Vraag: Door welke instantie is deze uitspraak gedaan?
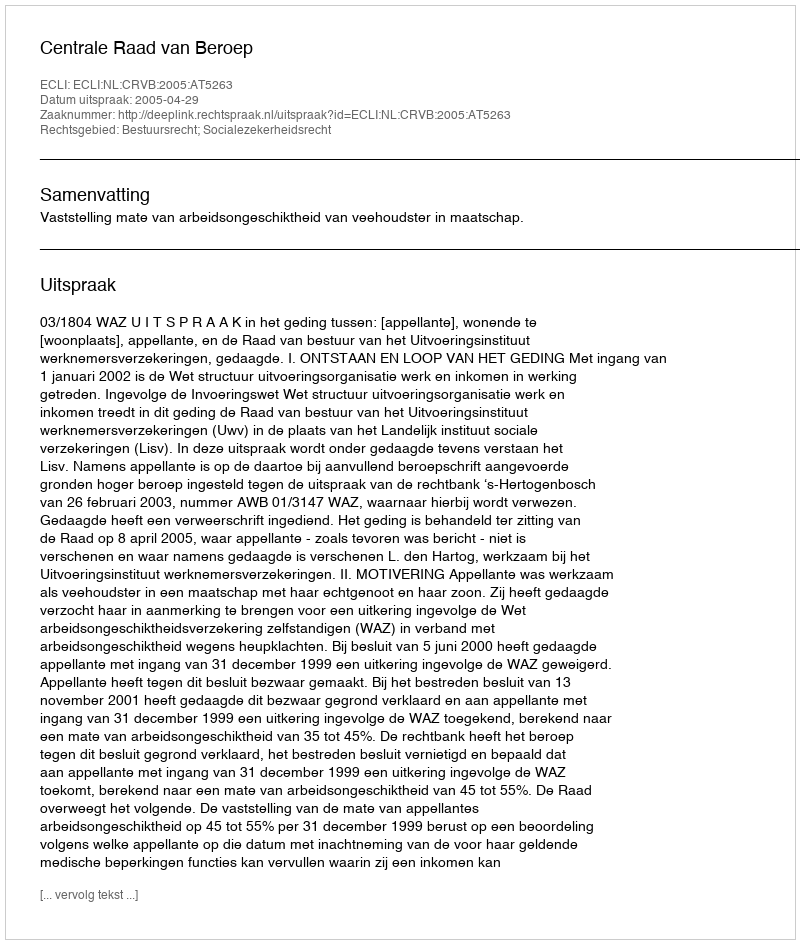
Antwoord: Centrale Raad van Beroep